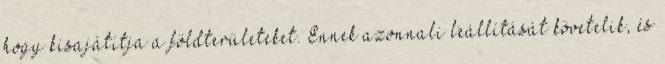
hogy kisajátítja a földterületeket. Ennek azonnali leállítását követelik, és